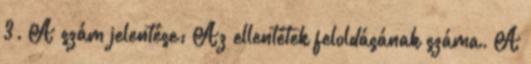
3. A szám jelentése: Az ellentétek feloldásának száma. A